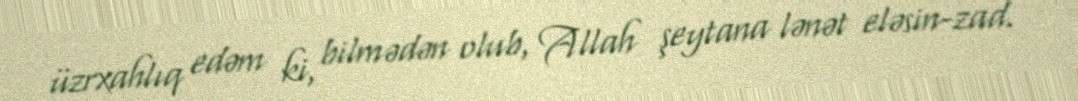
üzrxahlıq edəm ki, bilmədən olub, Allah şeytana lənət eləsin-zad.